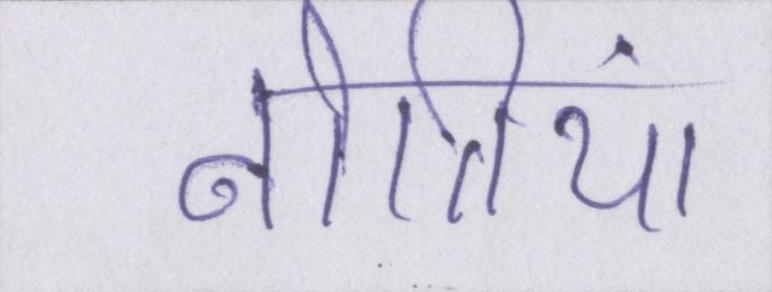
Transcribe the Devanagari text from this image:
नीतियां